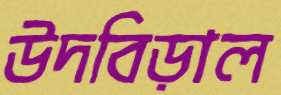
উদবিড়াল